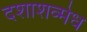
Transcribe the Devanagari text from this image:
दशाशव्मेध